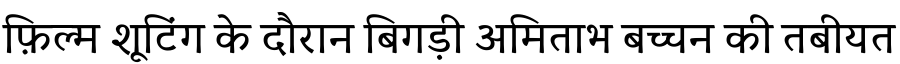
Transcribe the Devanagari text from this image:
फ़िल्म शूटिंग के दौरान बिगड़ी अमिताभ बच्चन की तबीयत